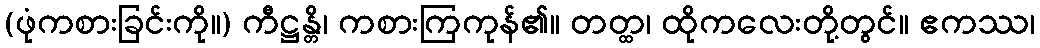
(ဖုံကစားခြင်းကို။) ကီဋ္ဌန္တိ၊ ကစားကြကုန်၏။ တတ္ထ၊ ထိုကလေးတို့တွင်။ ဧကဿ၊